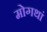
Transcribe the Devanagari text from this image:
मोगथां